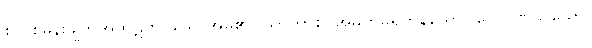
စုလစ်မွန်းချွတ်အထွဋ်တပ်သောအိမ်၏။ ယာကာစိ၊ အမှတ်မရှိကုန်သော။ ဂေါပါဏသိယော၊